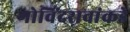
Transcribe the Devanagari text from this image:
गोविंदरावांकडे